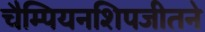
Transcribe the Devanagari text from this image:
चैम्पियनशिपजीतने